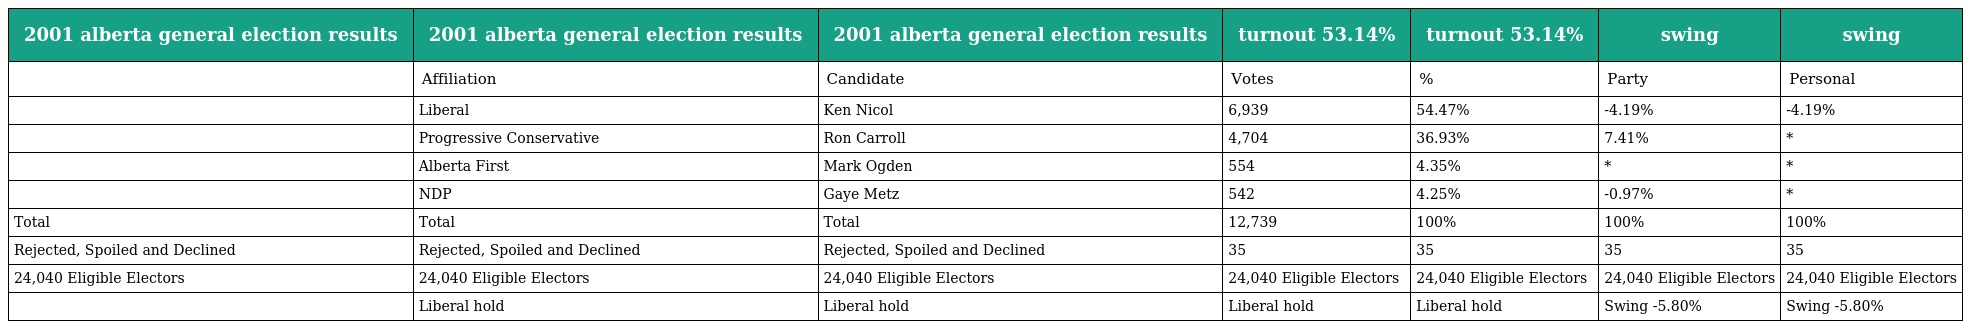
| 2001 alberta general election results | 2001 alberta general election results | 2001 alberta general election results | turnout 53.14% | turnout 53.14% | swing | swing |
 | --- | --- | --- | --- | --- | --- | --- |
 |  | Affiliation | Candidate | Votes | % | Party | Personal |
 |  | Liberal | Ken Nicol | 6,939 | 54.47% | -4.19% | -4.19% |
 |  | Progressive Conservative | Ron Carroll | 4,704 | 36.93% | 7.41% | * |
 |  | Alberta First | Mark Ogden | 554 | 4.35% | * | * |
 |  | NDP | Gaye Metz | 542 | 4.25% | -0.97% | * |
 | Total | Total | Total | 12,739 | 100% | 100% | 100% |
 | Rejected, Spoiled and Declined | Rejected, Spoiled and Declined | Rejected, Spoiled and Declined | 35 | 35 | 35 | 35 |
 | 24,040 Eligible Electors | 24,040 Eligible Electors | 24,040 Eligible Electors | 24,040 Eligible Electors | 24,040 Eligible Electors | 24,040 Eligible Electors | 24,040 Eligible Electors |
 |  | Liberal hold | Liberal hold | Liberal hold | Liberal hold | Swing -5.80% | Swing -5.80% |